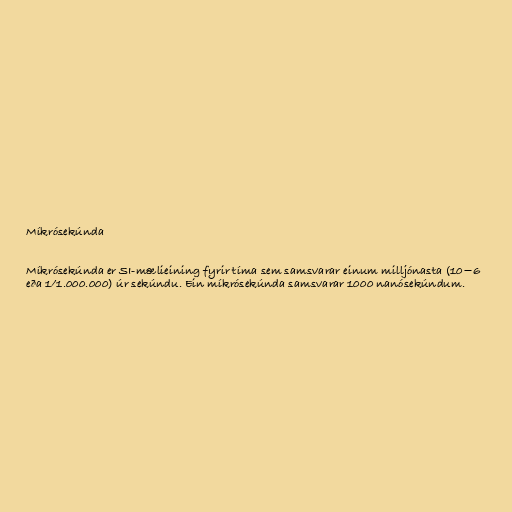
Míkrósekúnda

Míkrósekúnda er SI-mælieining fyrir tíma sem samsvarar einum milljónasta (10−6
eða 1/1.000.000) úr sekúndu. Ein míkrósekúnda samsvarar 1000 nanósekúndum.